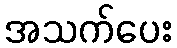
အသက်ပေး